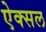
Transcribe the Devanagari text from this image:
ऐक्सल